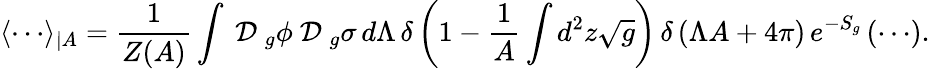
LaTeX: \langle\cdots\rangle_{\mid A}=\frac{1}{Z(A)}\int\mathrm{~\cal{D}~}_{g}\phi\mathrm{~\cal{D}~}_{g}\sigma\, d\Lambda\, \delta\left(1-\frac{1}{A}\int d^{2}z\sqrt{g}\right)\, \delta\left(\Lambda A+4\pi\right)\, e^{-S_{g}}\left(\cdots\right).